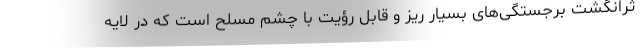
ثرانگشت برجستگی‌های بسیار ریز و قابل رؤیت با چشم مسلح است که در لایه